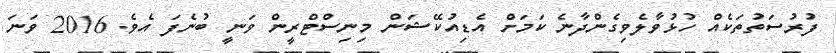
ފުރުސަތުތަކެއް ހުޅުވާލެވިގެންދާނެ ކަމަށް އެޑިއުކޭޝަން މިނިސްޓްރީން ވަނީ ބުނެފަ އެވެ. 2016 ވަނަ